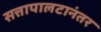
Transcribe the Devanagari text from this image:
सत्तापालटानंतर